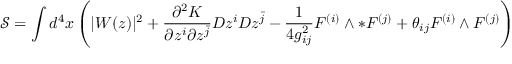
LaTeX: \mathcal { S } = \int d ^ { 4 } x \left( | W ( z ) | ^ { 2 } + \frac { \partial ^ { 2 } K } { \partial z ^ { i } \partial z ^ { \bar { j } } } D z ^ { i } D z ^ { \bar { j } } - \frac { 1 } { 4 g _ { i j } ^ { 2 } } F ^ { ( i ) } \wedge * F ^ { ( j ) } + \theta _ { i j } F ^ { ( i ) } \wedge F ^ { ( j ) } \right)